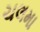
ચલમા